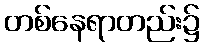
တစ်နေရာတည်း၌